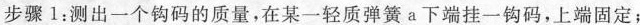
步骤1：测出一个钩码的质量，在某一轻质弹簧a下端挂一钩码，上端固定；